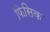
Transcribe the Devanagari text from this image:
फिसिक